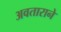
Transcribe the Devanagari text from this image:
अवताराने